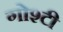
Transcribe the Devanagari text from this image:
गोश्टी